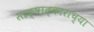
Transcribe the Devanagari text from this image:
साक्षात्काराच्या